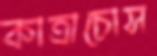
কাত্রাচোস